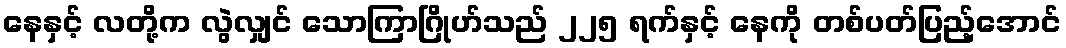
နေနှင့် လတို့က လွဲလျှင် သောကြာဂြိုဟ်သည် ၂၂၅ ရက်နှင့် နေကို တစ်ပတ်ပြည့်အောင်